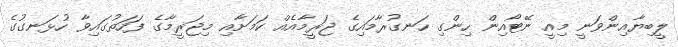
ލީބިޔާއިންވަނީ މިއީ ނޭޓޯއިން ހިންގި ހަނގުރާމައިގެ ޖަރީމާއެއް ކަމަށާއި މިޖަރީމާގެ ފަހަތުގައިވާ ހުޅަނގުގެ